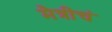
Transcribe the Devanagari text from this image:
मैत्रीचं